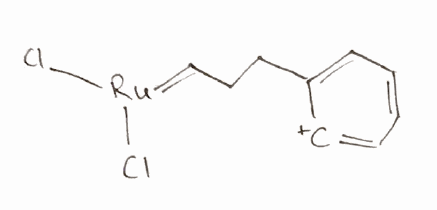
Simplified molecular-input line-entry system (SMILES) notation of the given molecule:
C1=CC=C([C+]=C1)CCC=[Ru](Cl)Cl